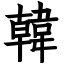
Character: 韓